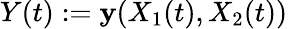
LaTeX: Y(t):=\mathbf{y}(X_{1}(t),X_{2}(t))